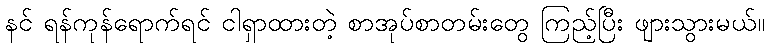
နင် ရန်ကုန်ရောက်ရင် ငါရှာထားတဲ့ စာအုပ်စာတမ်းတွေ ကြည့်ပြီး ဖျားသွားမယ်။